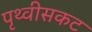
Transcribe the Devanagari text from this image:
पृथ्वीसकट